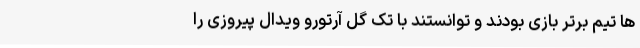
ها تیم برتر بازی بودند و توانستند با تک گل آرتورو ویدال پیروزی را